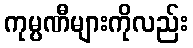
ကုမ္ပဏီများကိုလည်း